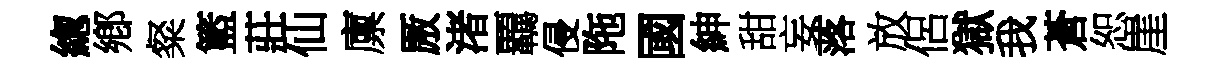
緫鄕粲籃莊仙廪厫渚覊侵陁國紳甜妄落放侶獄我蒼恕崖